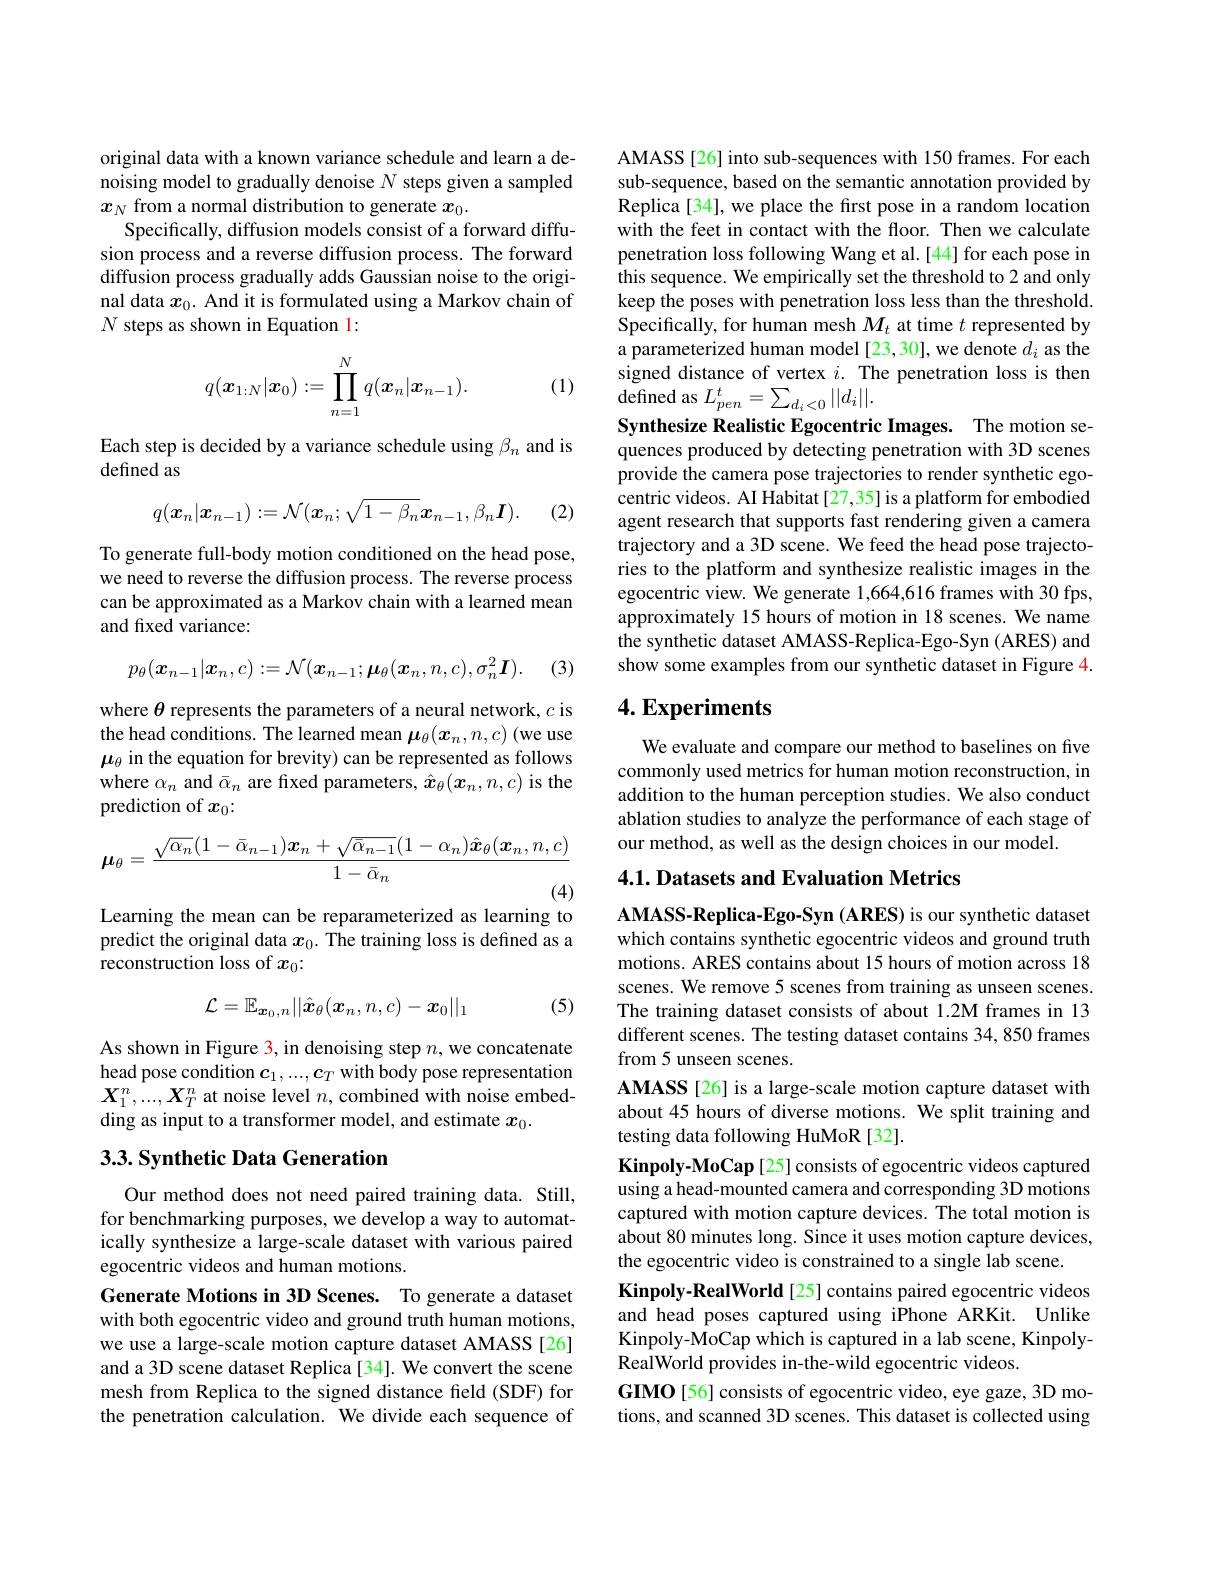
original data with a known variance schedule and learn a denoising model to gradually denoise $N$ steps given a sampled $x_N$ from a normal distribution to generate $x_0.$
Specifically, diffusion models consist of a forward diffusion process and a reverse diffusion process. The forward diffusion process gradually adds Gaussian noise to the original data $x_0.$ And it is formulated using a Markov chain of $N$ steps as shown in Equation l:
$$q(\boldsymbol{x}_{1:N}|\boldsymbol{x}_0):=\prod_{n=1}^Nq(\boldsymbol{x}_n|\boldsymbol{x}_{n-1}).$$
(1)

Each step is decided by a variance schedule using $\beta_n$ and is
defined as
$$q(\boldsymbol{x}_n|\boldsymbol{x}_{n-1}):=\mathcal{N}(\boldsymbol{x}_n;\sqrt{1-\beta_n}\boldsymbol{x}_{n-1},\beta_n\boldsymbol{I}).$$
(2)

To generate full-body motion conditioned on the head pose, we need to reverse the diffusion process. The reverse process can be approximated as a Markov chain with a learned mean and fixed variance:
$$p_{\theta}(\boldsymbol{x}_{n-1}|\boldsymbol{x}_{n},c):=\mathcal{N}(\boldsymbol{x}_{n-1};\boldsymbol{\mu}_{\theta}(\boldsymbol{x}_{n},n,c),\sigma_{n}^{2}\boldsymbol{I}).$$
(3)

where $\theta$ represents the parameters of a neural network, $c$ is the head conditions. The learned mean $\mu_\theta(x_n,n,c)$ (we use $\boldsymbol{\mu}_\theta$ in the equation for brevity) can be represented as follows where $\alpha_n$ and $\bar{\alpha}_n$ are fixed parameters, $\hat{\boldsymbol{x}}_\theta(\boldsymbol{x}_n,n,c)$ is the prediction of $x_0:$
$$\boldsymbol{\mu}_{\theta}=\frac{\sqrt{\alpha_{n}}(1-\bar{\alpha}_{n-1})\boldsymbol{x}_{n}+\sqrt{\bar{\alpha}_{n-1}}(1-\alpha_{n})\hat{\boldsymbol{x}}_{\theta}(\boldsymbol{x}_{n},n,c)}{1-\bar{\alpha}_{n}}$$
Learning the mean can be reparameterized as learning to

predict the original data $x_0.$ The training loss is defined as a
reconstruction loss of $x_0:$
$$\mathcal{L}=\mathbb{E}_{\boldsymbol{x}_0,n}||\hat{\boldsymbol{x}}_\theta(\boldsymbol{x}_n,n,c)-\boldsymbol{x}_0||_1$$
(5)

As shown in Figure 3, in denoising step $n$,we concatenate head pose condition $\boldsymbol{c}_1,...,\boldsymbol{c}_T$ with body pose representation $X_{1}^{n},...,X_{T}^{n}$ at noise level $n$, combined with noise embedding as input to a transformer model, and estimate $x_0.$

## 3.3. Synthetic Data Generation

Our method does not need paired training data. Still, for benchmarking purposes, we develop a way to automatically synthesize a large-scale dataset with various paired egocentric videos and human motions.
Generate Motions in 3D Scenes. To generate a dataset with both egocentric video and ground truth human motions, we use a large-scale motion capture dataset AMASS [26] and a 3D scene dataset Replica [34]. We convert the scene mesh from Replica to the signed distance field (SDF) for the penetration calculation. We divide each sequence of

AMASS[26] into sub-sequences with 150 frames. For each sub-sequence, based on the semantic annotation provided by Replica [34], we place the first pose in a random location with the feet in contact with the floor. Then we calculate penetration loss following Wang et al.[44] for each pose in this sequence. We empirically set the threshold to 2 and only keep the poses with penetration loss less than the threshold. Specifically, for human mesh $M_t$ at time $t$ represented by a parameterized human model [23,30], we denote $d_i$ as the signed distance of vertex $i.$ The penetration loss is then ${\mathrm{defined~as~}}L_{pen}^{t}=\sum_{d_{i}<0}||d_{i}||.$
Synthesize Realistic Egocentric Images. The motion sequences produced by detecting penetration with 3D scenes provide the camera pose trajectories to render synthetic egocentric videos. AI Habitat[27,35] is a platform for embodied agent research that supports fast rendering given a camera trajectory and a 3D scene. We feed the head pose trajectories to the platform and synthesize realistic images in the egocentric view. We generate 1,664,616 frames with 30 fps, approximately 15 hours of motion in 18 scenes. We name the synthetic dataset AMASS-Replica-Ego-Syn (ARES) and show some examples from our synthetic dataset in Figure 4.

## $4. \textbf{Experiments}$

We evaluate and compare our method to baselines on five commonly used metrics for human motion reconstruction, in addition to the human perception studies. We also conduct ablation studies to analyze the performance of each stage of our method, as well as the design choices in our model.

## $4. 1. \textbf{Datasets and Evaluation Metrics}$

AMASS-Replica-Ego-Syn (ARES) is our synthetic dataset which contains synthetic egocentric videos and ground truth motions. ARES contains about 15 hours of motion across 18 scenes. We remove 5 scenes from training as unseen scenes. The training dataset consists of about 1.2M frames in 13 different scenes. The testing dataset contains 34, 850 frames from 5 unseen scenes.
AMASS [26] is a large-scale motion capture dataset with about 45 hours of diverse motions. We split training and testing data following HuMoR [32].
Kinpoly-MoCap [25] consists of egocentric videos captured using a head-mounted camera and corresponding 3D motions captured with motion capture devices. The total motion is about 80 minutes long. Since it uses motion capture devices, the egocentric video is constrained to a single lab scene.
Kinpoly-RealWorld[25] contains paired egocentric videos and head poses captured using iPhone ARKit. Unlike Kinpoly-MoCap which is captured in a lab scene, KinpolyRealWorld provides in-the-wild egocentric videos.
GIMO[56] consists of egocentric video, eye gaze, 3D motions, and scanned 3D scenes. This dataset is collected using